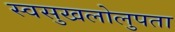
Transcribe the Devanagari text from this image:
स्वसुखलोलुपता